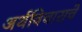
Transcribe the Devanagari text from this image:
अर्थविचाराचे